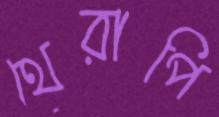
থেরাপি